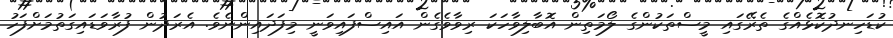
ކުޑަހިނދުކޮޅެއްގެ ތެރޭގައި މީސްތަކުންގެ ލޯމަތިން އޮބާލިވާހަކަ ރިވާވެގެން އައިސްފައިވަނީ މިފަދައިންނެވެ. އެރަދުން ފުރާވަޑައިގަތުމަށްފަހު